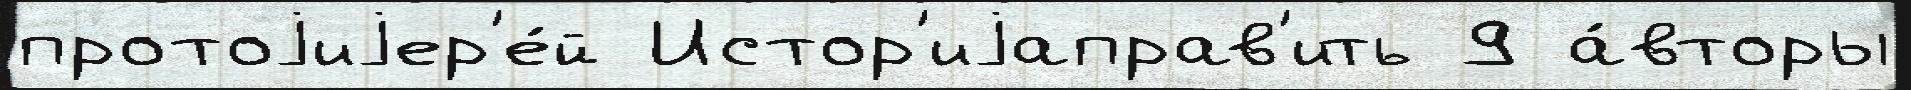
протоjиjер'е́й Истор'иjаправ'ить 9 а́вторы